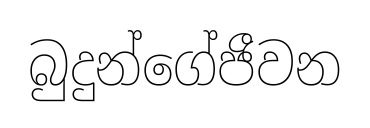
බුදුන්ගේජීවන